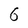
Character: 6